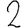
Digit: 2